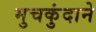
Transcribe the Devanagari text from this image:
मुचकुंदाने